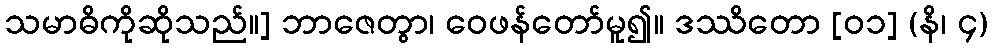
သမာဓိကိုဆိုသည်။] ဘာဇေတွာ၊ ဝေဖန်တော်မူ၍။ ဒဿိတော [၀၁] (နိ၊ ၄)